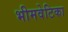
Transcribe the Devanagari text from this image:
भीमवेटिका